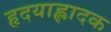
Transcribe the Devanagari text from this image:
हृदयाह्लादक